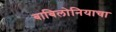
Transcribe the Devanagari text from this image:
बाबिलोनियाचा